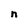
Character: n